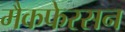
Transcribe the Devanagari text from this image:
मैकफेरसन